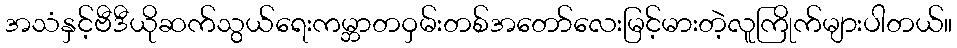
အသံနှင့်ဗီဒီယိုဆက်သွယ်ရေးကမ္ဘာတဝှမ်းတစ်အတော်လေးမြင့်မားတဲ့လူကြိုက်များပါတယ်။